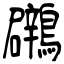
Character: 鸊